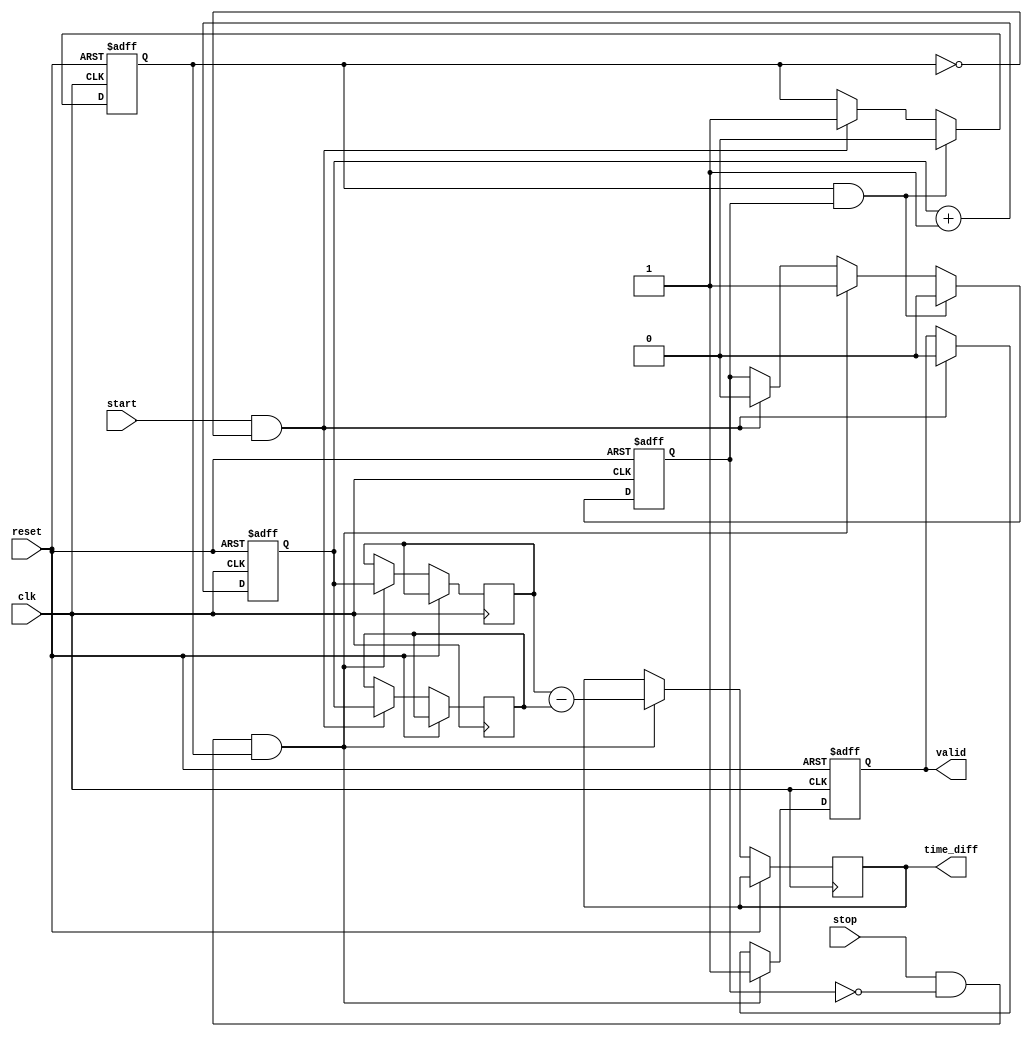
module TDC (
    input wire clk,               // High-frequency clock
    input wire reset,             // Reset signal
    input wire start,             // Start event input
    input wire stop,              // Stop event input
    output reg [31:0] time_diff,  // Time difference output
    output reg valid              // Output valid signal
);

    // Registers to store timestamps
    reg [31:0] start_time;
    reg [31:0] stop_time;

    // State flags
    reg start_detected;
    reg stop_detected;

    // Clock counter
    reg [31:0] clock_counter;

    // Initialize the clock counter
    always @(posedge clk or posedge reset) begin
        if (reset) begin
            clock_counter <= 32'b0;
        end else begin
            clock_counter <= clock_counter + 1;
        end
    end

    // Edge detection for start and stop signals
    always @(posedge clk or posedge reset) begin
        if (reset) begin
            start_detected <= 1'b0;
            stop_detected <= 1'b0;
            valid <= 1'b0;
        end else begin
            // Capture the start event
            if (start && !start_detected) begin
                start_time <= clock_counter; // store the start timestamp
                start_detected <= 1'b1;       // mark start as detected
                stop_detected <= 1'b0;        // reset stop detected flag
                valid <= 1'b0;                // valid output low
            end

            // Capture the stop event
            if (stop && !stop_detected && start_detected) begin
                stop_time <= clock_counter;  // store the stop timestamp
                stop_detected <= 1'b1;       // mark stop as detected
                time_diff <= stop_time - start_time; // calculate time difference
                valid <= 1'b1;               // mark output as valid
            end

            // Reset detection flags if both events have been processed
            if (start_detected && stop_detected) begin
                start_detected <= 1'b0; // reset start detected for next cycle
                stop_detected <= 1'b0;  // reset stop detected for next cycle
            end
        end
    end

endmodule